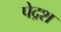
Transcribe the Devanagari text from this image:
पेद्रश